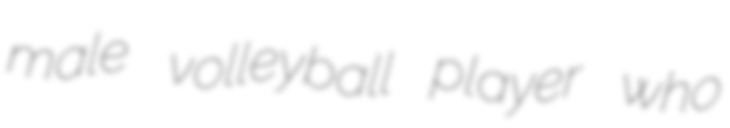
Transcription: male volleyball player who